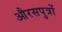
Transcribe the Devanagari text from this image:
औरसपुत्रों